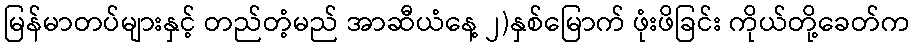
မြန်မာတပ်များနှင့် တည်တံ့မည် အာဆီယံနေ့ ၂)နှစ်မြောက် ဖုံးဖိခြင်း ကိုယ်တို့ခေတ်က